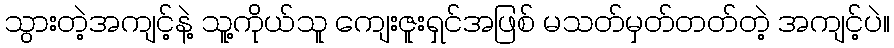
သွားတဲ့အကျင့်နဲ့ သူ့ကိုယ်သူ ကျေးဇူးရှင်အဖြစ် မသတ်မှတ်တတ်တဲ့ အကျင့်ပဲ။